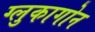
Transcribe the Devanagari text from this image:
ग्लुकागोन